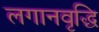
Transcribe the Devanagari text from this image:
लगानवृद्धि